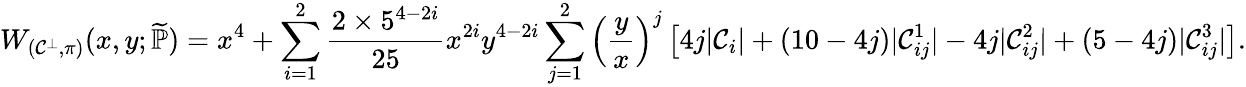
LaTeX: W_{(\mathcal{C}^{\bot},\pi)}(x,y;\widetilde{\mathbb{P}})=x^{4}+\sum_{i=1}^{2}\frac{2\times 5^{4-2i}}{25}x^{2i}y^{4-2i}\sum_{j=1}^{2}\left(\frac{y}{x}\right)^{j}\left[4j|\mathcal{C}_{i}|+(10-4j)|\mathcal{C}_{ij}^{1}|-4j|\mathcal{C}_{ij}^{2}|+(5-4j)|\mathcal{C}_{ij}^{3}|\right].